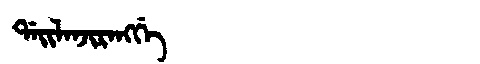
Manchu: ᡩᠠᡳᠯᠠᠨᠵᡳᡵᠠᠩᡤᡝ
Romanization: DAILANJIRANGGE